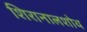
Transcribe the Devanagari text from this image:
शिरानालशोथ